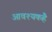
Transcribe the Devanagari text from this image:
आवश्यकहै